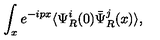
\int _ { x } e ^ { - i p x } \langle \Psi _ { R } ^ { i } ( 0 ) \bar { \Psi } _ { R } ^ { j } ( x ) \rangle ,